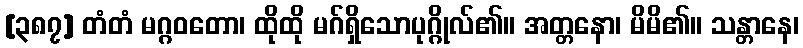
[၃၈၇] တံတံ မဂ္ဂဝတော၊ ထိုထို မဂ်ရှိသောပုဂ္ဂိုလ်၏။ အတ္တနော၊ မိမိ၏။ သန္တာနေ၊